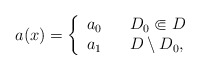
\begin{align*}a(x) = \left \{ \begin{array}{lll}a_0 & & D_0 \Subset D\\a_1 & & D \setminus D_0,\end{array}\right.\end{align*}